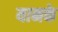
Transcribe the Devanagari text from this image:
यानके